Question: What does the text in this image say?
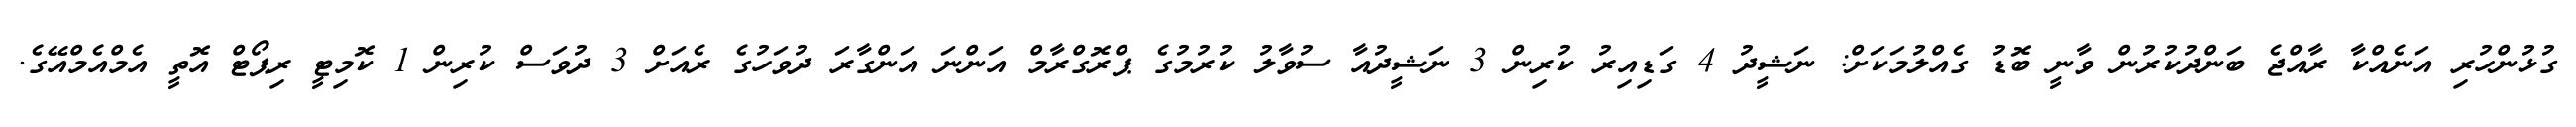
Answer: ގުޅުންހުރި އަނެއްކާ ރާއްޖެ ބަންދުކުރުން ވާނީ ބޮޑު ގެއްލުމަކަށް: ނަޝީދު 4 ގަޑިއިރު ކުރިން 3 ނަޝީދުއާ ސުވާލު ކުރުމުގެ ޕްރޮގްރާމް އަންނަ އަންގާރަ ދުވަހުގެ ރެއަށް 3 ދުވަސް ކުރިން 1 ކޮމިޓީ ރިޕޯޓް އޮތީ އެމްއެމްއޭގެ.